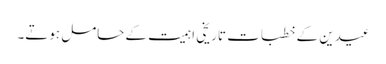
عیدین کے خطبات تاریخی اہمیت کے حامل ہوتے۔